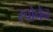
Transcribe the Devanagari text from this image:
स्चोनेन